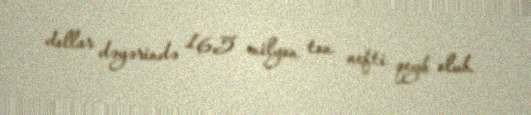
dollar dəyərində 16,5 milyon ton nefti qeyb olub.